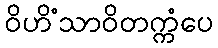
ဝိဟိံသာဝိတက္ကံပေ